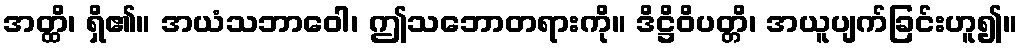
အတ္ထိ၊ ရှိ၏။ အယံသဘာဝေါ၊ ဤသဘောတရားကို။ ဒိဋ္ဌိဝိပတ္တိ၊ အယူပျက်ခြင်းဟူ၍။